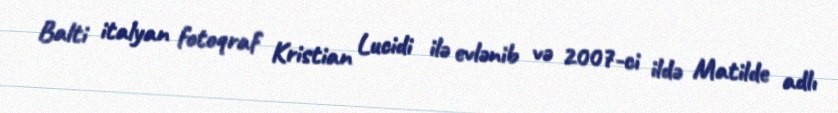
Balti italyan fotoqraf Kristian Lucidi ilə evlənib və 2007-ci ildə Matilde adlı